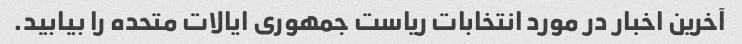
آخرین اخبار در مورد انتخابات ریاست جمهوری ایالات متحده را بیابید.